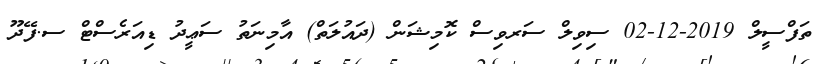
ތަފްސީލް 2019-12-02 ސިވިލް ސަރވިސް ކޮމިޝަން (ދައުލަތް) އާމިނަތު ސަޢީދު ޑިއަރެސްޓް ސ.ފޭދޫ